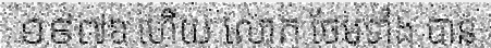
១៩៧៦ ហើយ លោក ថែមទាំង បាន